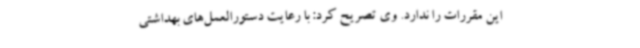
این مقررات را ندارد. وی تصریح کرد: با رعایت دستورالعمل‌های بهداشتی